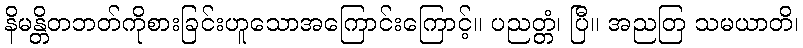
နိမန္တိတဘတ်ကိုစားခြင်းဟူသောအကြောင်းကြောင့်။ ပညတ္တံ၊ ပြီ။ အညတြ သမယာတိ၊